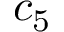
c _ { 5 }